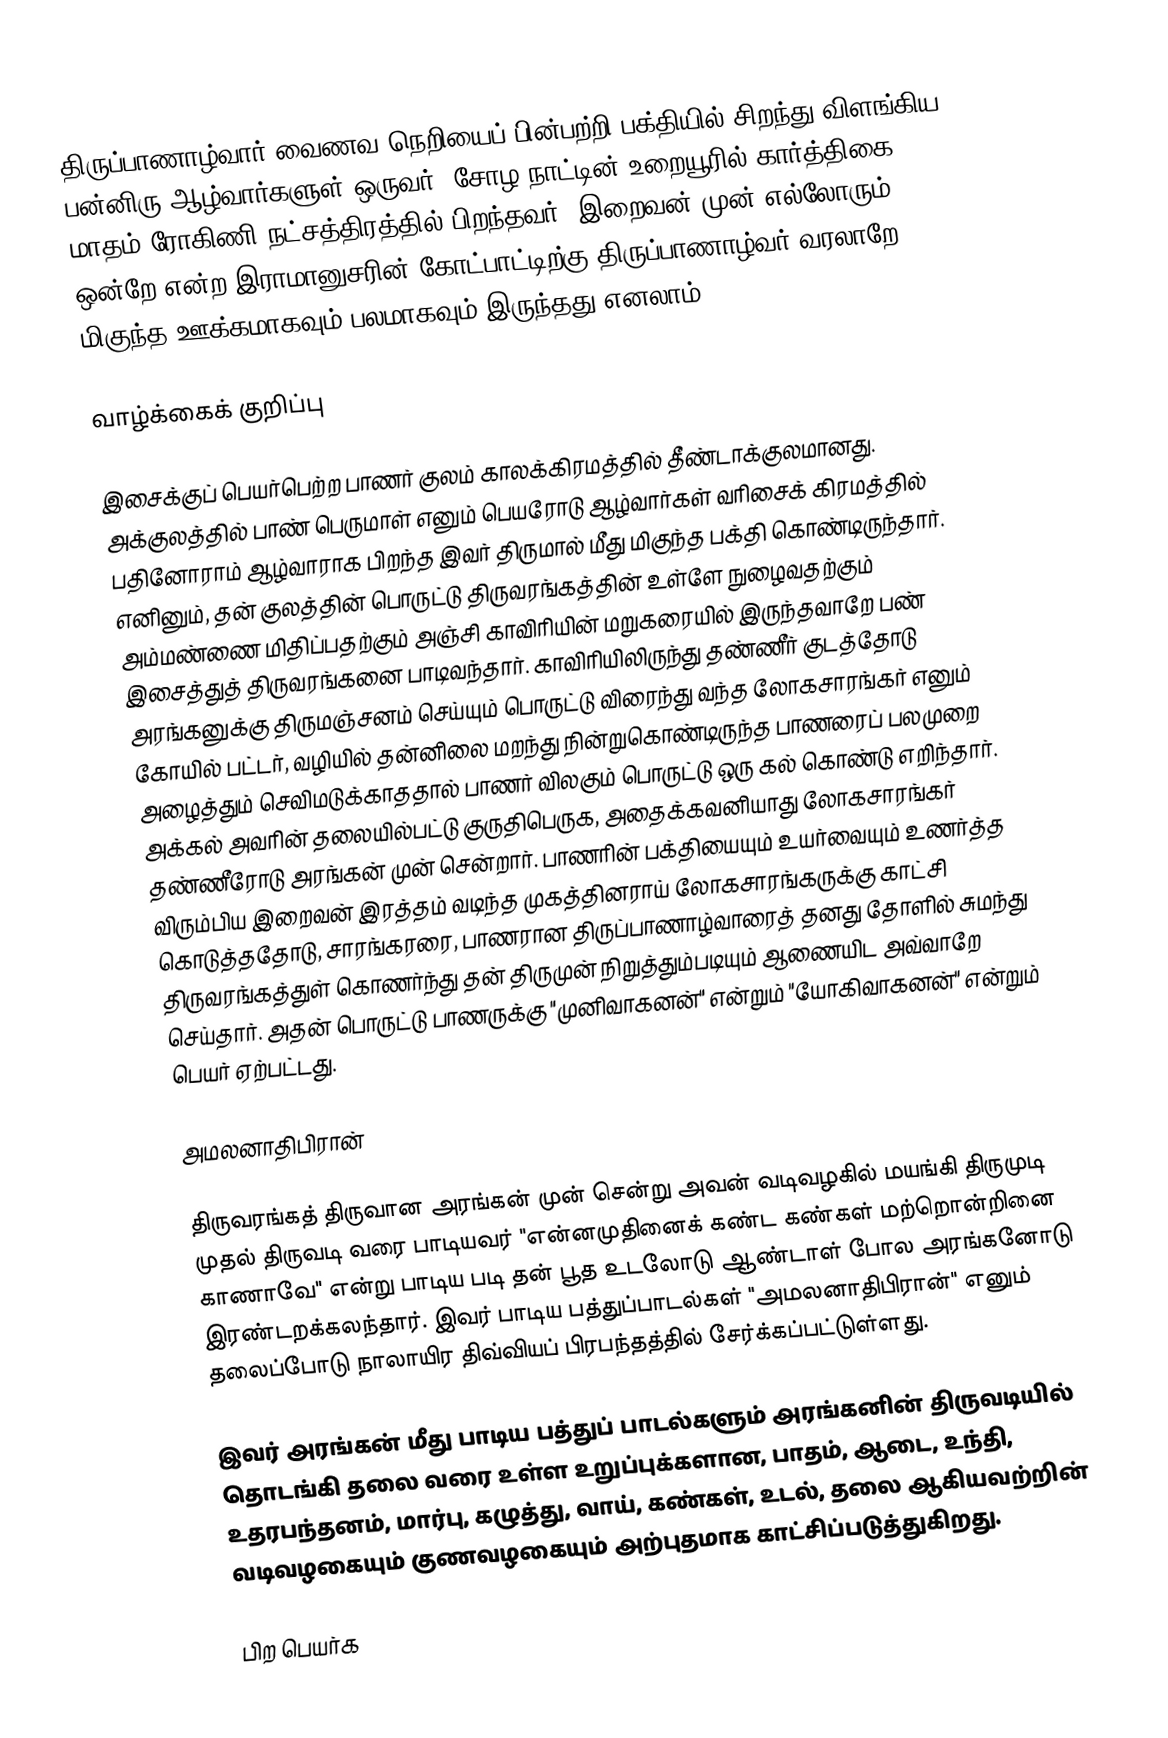
திருப்பாணாழ்வார் வைணவ நெறியைப் பின்பற்றி பக்தியில் சிறந்து விளங்கிய பன்னிரு ஆழ்வார்களுள் ஒருவர். சோழ நாட்டின் உறையூரில் கார்த்திகை மாதம் ரோகிணி நட்சத்திரத்தில் பிறந்தவர். இறைவன் முன் எல்லோரும் ஒன்றே என்ற இராமானுசரின் கோட்பாட்டிற்கு திருப்பாணாழ்வர் வரலாறே மிகுந்த ஊக்கமாகவும் பலமாகவும் இருந்தது எனலாம்.

வாழ்க்கைக் குறிப்பு

இசைக்குப் பெயர்பெற்ற பாணர் குலம் காலக்கிரமத்தில் தீண்டாக்குலமானது. அக்குலத்தில் பாண் பெருமாள் எனும் பெயரோடு ஆழ்வார்கள் வரிசைக் கிரமத்தில் பதினோராம் ஆழ்வாராக பிறந்த இவர் திருமால் மீது மிகுந்த பக்தி கொண்டிருந்தார். எனினும், தன் குலத்தின் பொருட்டு திருவரங்கத்தின் உள்ளே நுழைவதற்கும் அம்மண்ணை மிதிப்பதற்கும் அஞ்சி காவிரியின் மறுகரையில் இருந்தவாறே பண் இசைத்துத் திருவரங்கனை பாடிவந்தார். காவிரியிலிருந்து தண்ணீர் குடத்தோடு அரங்கனுக்கு திருமஞ்சனம் செய்யும் பொருட்டு விரைந்து வந்த லோகசாரங்கர் எனும் கோயில் பட்டர், வழியில் தன்னிலை மறந்து நின்றுகொண்டிருந்த பாணரைப் பலமுறை அழைத்தும் செவிமடுக்காததால் பாணர் விலகும் பொருட்டு ஒரு கல் கொண்டு எறிந்தார். அக்கல் அவரின் தலையில்பட்டு குருதிபெருக, அதைக்கவனியாது லோகசாரங்கர் தண்ணீரோடு அரங்கன் முன் சென்றார். பாணரின் பக்தியையும் உயர்வையும் உணர்த்த விரும்பிய இறைவன் இரத்தம் வடிந்த முகத்தினராய் லோகசாரங்கருக்கு காட்சி கொடுத்ததோடு, சாரங்கரரை, பாணரான திருப்பாணாழ்வாரைத் தனது தோளில் சுமந்து திருவரங்கத்துள் கொணர்ந்து தன் திருமுன் நிறுத்தும்படியும் ஆணையிட அவ்வாறே செய்தார். அதன் பொருட்டு பாணருக்கு "முனிவாகனன்" என்றும் "யோகிவாகனன்" என்றும் பெயர் ஏற்பட்டது.

அமலனாதிபிரான்

திருவரங்கத் திருவான அரங்கன் முன் சென்று அவன் வடிவழகில் மயங்கி திருமுடி முதல் திருவடி வரை பாடியவர் "என்னமுதினைக் கண்ட கண்கள் மற்றொன்றினை காணாவே" என்று பாடிய படி தன் பூத உடலோடு ஆண்டாள் போல அரங்கனோடு இரண்டறக்கலந்தார். இவர் பாடிய பத்துப்பாடல்கள் "அமலனாதிபிரான்" எனும் தலைப்போடு நாலாயிர திவ்வியப் பிரபந்தத்தில்  சேர்க்கப்பட்டுள்ளது.

இவர் அரங்கன் மீது பாடிய பத்துப் பாடல்களும் அரங்கனின் திருவடியில் தொடங்கி தலை வரை உள்ள உறுப்புக்களான, பாதம், ஆடை, உந்தி, உதரபந்தனம், மார்பு, கழுத்து, வாய், கண்கள், உடல், தலை ஆகியவற்றின் வடிவழகையும் குணவழகையும் அற்புதமாக காட்சிப்படுத்துகிறது.

பிற பெயர்க